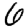
Digit: 6